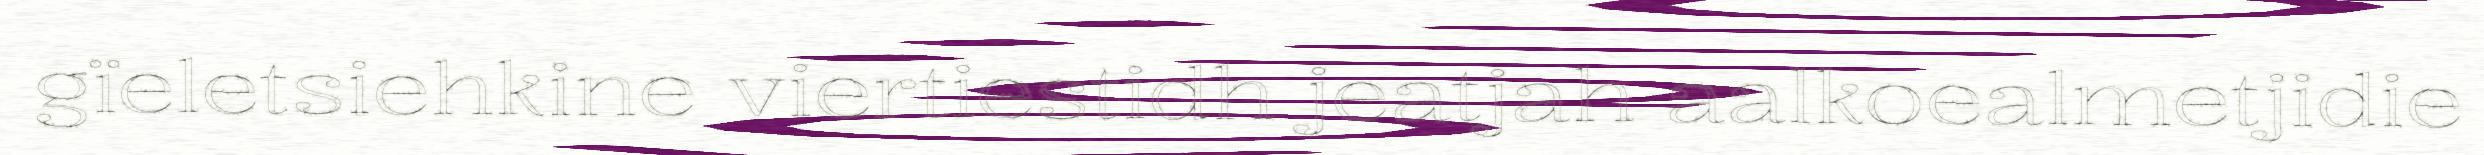
gïeletsiehkine viertiestidh jeatjah aalkoealmetjidie